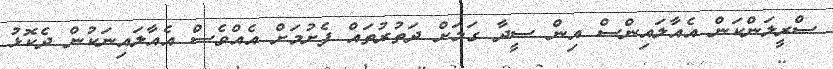
ސްރީލަންކަން އެއާލައިންސް އިން ސީދާ ގަމަށް ދަތުރުތައް ފެށުމަށް އެއްވެސް އެއާލައިނަކުން ދެކޮޅު